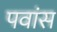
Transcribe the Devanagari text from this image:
पवांस